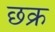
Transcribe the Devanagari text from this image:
छक्र